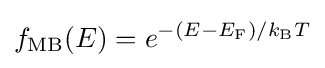
f_{\text{MB}}(E)=e^{-(E-E_{\text{F}})/k_{\text{B}}T}